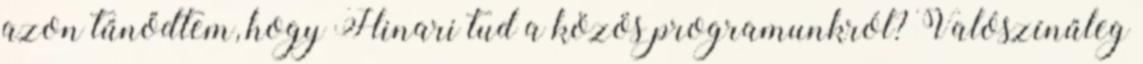
azon tűnődtem, hogy Hinari tud a közös programunkról? Valószínűleg